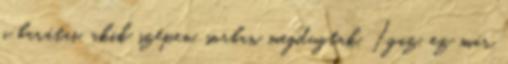
a barátai, akik szépen, sorban megdugtak. Igaz, ez már